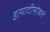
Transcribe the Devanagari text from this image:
इत्यादीसोबत